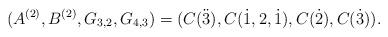
LaTeX: \begin{align*} (A^{(2)},B^{(2)} ,G_{3,2}, G_{4,3})=(C(\ddot3),C(\dot1,2,\dot1),C(\dot2),C(\dot3)). \end{align*}